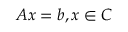
A x = b , x \in C